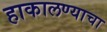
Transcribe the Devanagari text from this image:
हाकालण्याचा